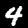
Digit: 4